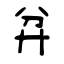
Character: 弅